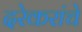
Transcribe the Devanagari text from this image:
दरेकरांचे